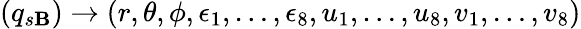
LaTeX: (q_{s\mathbf{B}})\rightarrow(r,\theta,\phi,\epsilon_{1},\dots,\epsilon_{8},u_{1},\dots,u_{8},v_{1},\dots,v_{8})